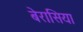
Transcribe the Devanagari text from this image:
बेरासिया